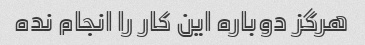
هرگز دوباره این کار را انجام نده